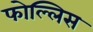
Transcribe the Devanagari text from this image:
फोल्लिस